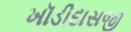
ખૉડીદાસજી